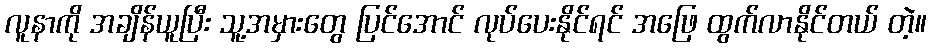
လူနာကို အချိန်ယူပြီး သူ့အမှားတွေ ပြင်အောင် လုပ်ပေးနိုင်ရင် အဖြေ ထွက်လာနိုင်တယ် တဲ့။